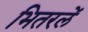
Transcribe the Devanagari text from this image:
भितरलें